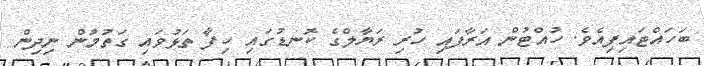
ބަހައްޓައިފިއެވެ. ހުއްޓުން އަރާފައި ހުރި ރަޔާލްގެ ކޮނޑުގައި ހިފާ ތަޅުވައި ގަތުމުން ނިދިން